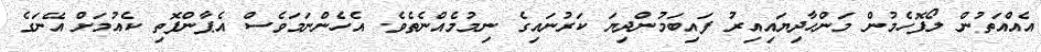
އެއްއަތުން ލޯފޮހެމުން މަންހާދިޔައިއިރު ފައިބަމުންދިޔަ ކަރުނައިގެ ނިމުމެއްނެތެވެ. އެހެންނަމަވެސް އެޕާންފޮތި ކެއުމަށް އޭނަގެ